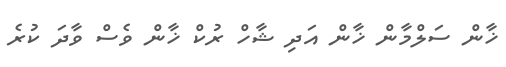
ޚާން ސަލްމާން ޚާން އަދި ޝާހް ރުކް ޚާން ވެސް ވާދަ ކުރެ